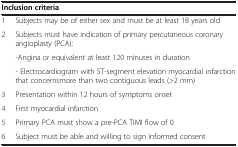
<table><thead><tr><td colspan="2"><b>Inclusion criteria</b></td></tr></thead><tbody><tr><td>1</td><td>Subjects may be of either sex and must be at least 18 years old</td></tr><tr><td>2</td><td>Subjects must have indication of primary percutaneous coronary angioplasty (PCA):</td></tr><tr><td> </td><td>-Angina or equivalent at least 120 minutes in duration</td></tr><tr><td> </td><td>- Electrocardiogram with ST-segment elevation myocardial infarction that concernsmore than two contiguous leads (&gt;2 mm)</td></tr><tr><td>3</td><td>Presentation within 12 hours of symptoms onset</td></tr><tr><td>4</td><td>First myocardial infarction</td></tr><tr><td>5</td><td>Primary PCA must show a pre-PCA TIMI flow of 0</td></tr><tr><td>6</td><td>Subject must be able and willing to sign informed consent</td></tr></tbody></table>